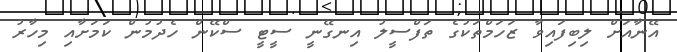
އޭނާއަށް ލިބިފައިވާ ޒަހަމްތަކުގެ ތަފްސީލު އިނގޭނީ ސީޓީ ސްކޭން ހެދުމުން ކަމަށާއި މިހާރު